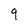
Character: 9